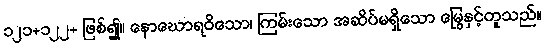
၁၂၁+၁၂၂+ ဖြစ်၍။ နောဃောရဝိသော၊ ကြမ်းသော အဆိပ်မရှိသော မြွေနှင့်တူသည်။